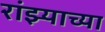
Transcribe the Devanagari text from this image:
रांझ्याच्या